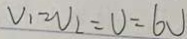
V _ { 1 } = V _ { 2 } = V = 6 V